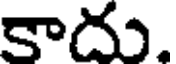
కాదు.